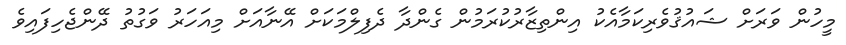
މީހުން ވަރަށް ޝައުޤުވެރިކަމާއެކު އިންތިޒާރުކުރަމުން ގެންދާ ދެފިލްމަކަށް އޭނާއަށް މިއަހަރު ވަގުތު ދޭންޖެހިފައިވެ